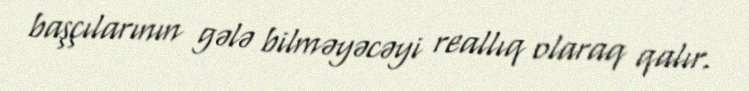
başçılarının gələ bilməyəcəyi reallıq olaraq qalır.